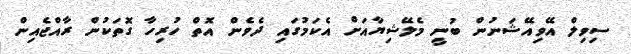
ސިވިލް އޭވިއޭޝަނުން ބުނީ މެލޭޝިޔާއަށް އެކަމުގައި ދެވެން އޮތް ހުރިހާ ގޮތަކުން ރާއްޖެއިން